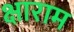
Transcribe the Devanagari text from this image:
क्षाराम